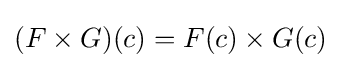
(F\times G)(c)=F(c)\times G(c)